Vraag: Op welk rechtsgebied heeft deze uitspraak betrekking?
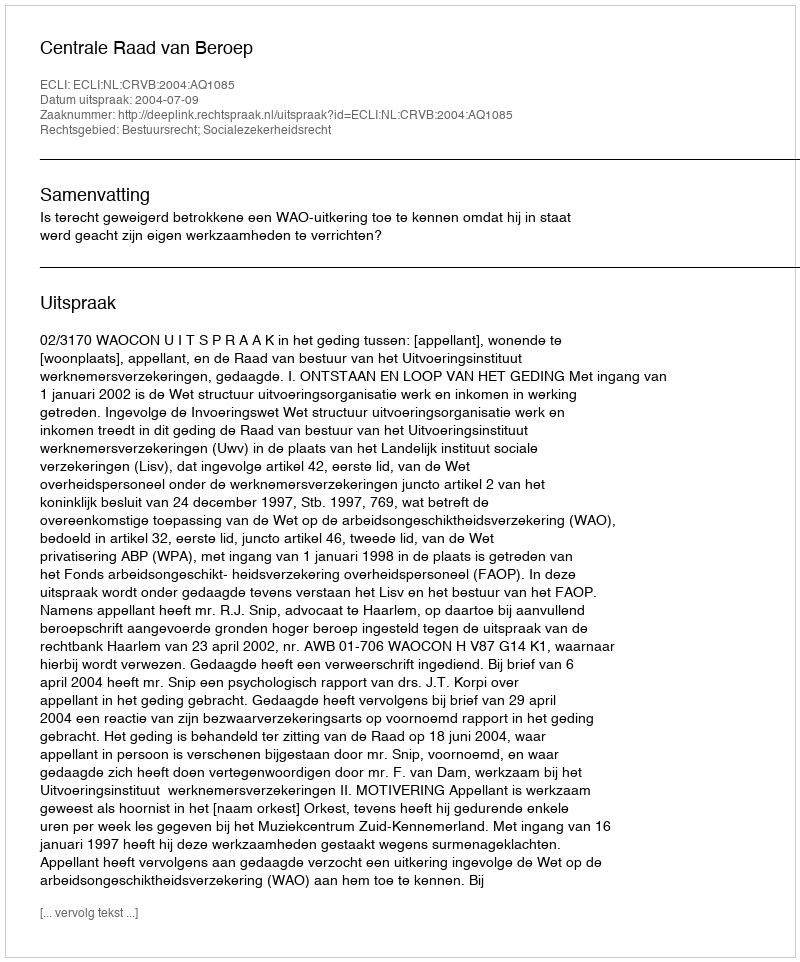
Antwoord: Bestuursrecht; Socialezekerheidsrecht